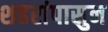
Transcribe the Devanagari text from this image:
शहरांपासुन